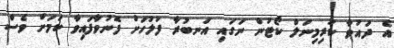
އެ ދައުވާ ކުރިމިނަލް ކޯޓުން ނަގައި އަނބުރާ ފުލުހަށް ފޮނުވާފައިވާ ކަމަށް ވެސް